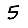
Digit: 5